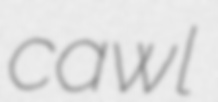
cawl